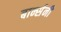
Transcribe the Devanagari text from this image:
बार्न्सनी